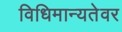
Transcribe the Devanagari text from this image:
विधिमान्यतेवर